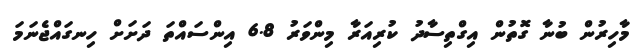
މާހިރުން ބުނާ ގޮތުން އިގްތިސާދު ކުރިއަރާ މިންވަރު 6.8 އިންސައްތަ ދަށަށް ހިނގައްޖެނަމަ